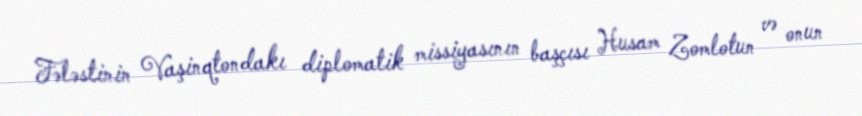
Fələstinin Vaşinqtondakı diplomatik missiyasının başçısı Husam Zomlotun və onun